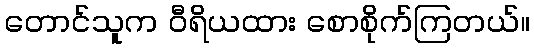
တောင်သူက ဝီရိယထား စောစိုက်ကြတယ်။